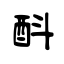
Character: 酙